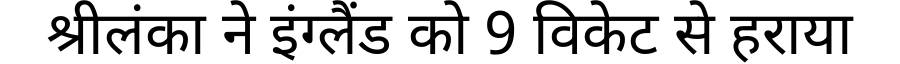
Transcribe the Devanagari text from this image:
श्रीलंका ने इंग्लैंड को 9 विकेट से हराया